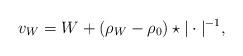
LaTeX: \begin{align*}v_W=W +(\rho_W-\rho_0)\star |\cdot|^{-1},\end{align*}